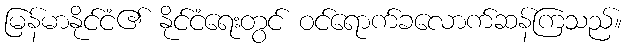
မြန်မာနိုင်ငံ၏ နိုင်ငံရေးတွင် ဝင်ရောက်ခလောက်ဆန်ကြသည်။